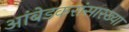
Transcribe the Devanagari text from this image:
आंबेडकरांसारख्या